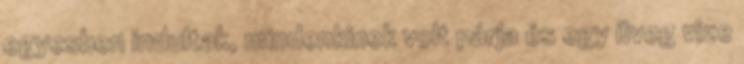
egyesben indultak, mindenkinek volt párja és egy üveg vize